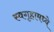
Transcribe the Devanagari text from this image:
स्वगृहामध्ये